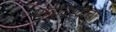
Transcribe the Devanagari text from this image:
भावविश्‍वाचा